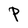
Character: P